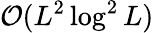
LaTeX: \mathcal{O}(L^{2}\log^{2}L)